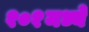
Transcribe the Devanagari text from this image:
१०१मध्ये